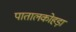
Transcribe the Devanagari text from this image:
पातालकोहड़ा